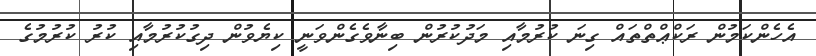
އެހެންކަމުން ރަކްޢްތްތައް ގިނަ ކުރުމާއި މަދުކުރުން ބިނާވެގެންވަނީ ކިޔެވުން ދިގުކުރުމާއި ކުރު ކުރުމުގެ